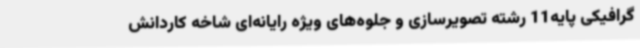
گرافیکی پایه11 رشته تصویرسازی و جلوه‌های ویژه رایانه‌ای شاخه کاردانش